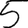
Digit: 5